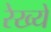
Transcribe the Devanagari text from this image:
रेख्यें